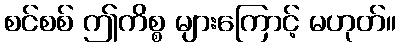
စင်စစ် ဤကိစ္စ များကြောင့် မဟုတ်။